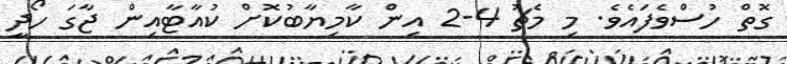
ގޮތް ހުސްވެފައެވެ. މި މެޗު 4-2 އިން ކާމިޔާބުކޮށް ކުއާޓާއިން ޖާގަ ހޯދީ